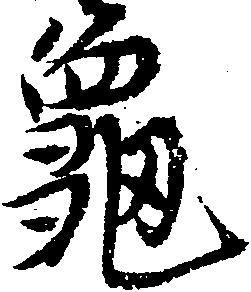
亀